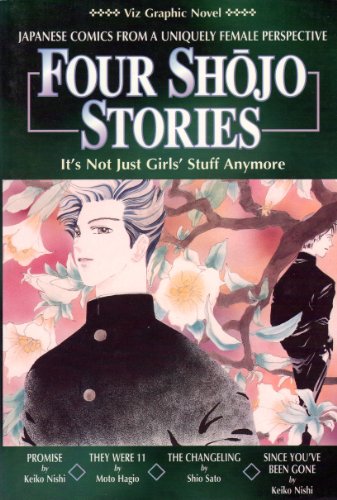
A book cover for Four Shojo Stories; Moto Hagio; Comics & Graphic Novels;